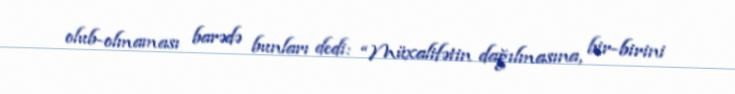
olub-olmaması barədə bunları dedi: “Müxalifətin dağılmasına, bir-birini